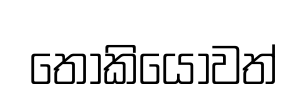
තෝකියෝවත්